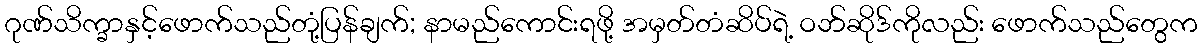
ဂုဏ်သိက္ခာနှင့်ဖောက်သည်တုံ့ပြန်ချက်; နာမည်ကောင်းရဖို့ အမှတ်တံဆိပ်ရဲ့ ဝဘ်ဆိုဒ်ကိုလည်း ဖောက်သည်တွေက